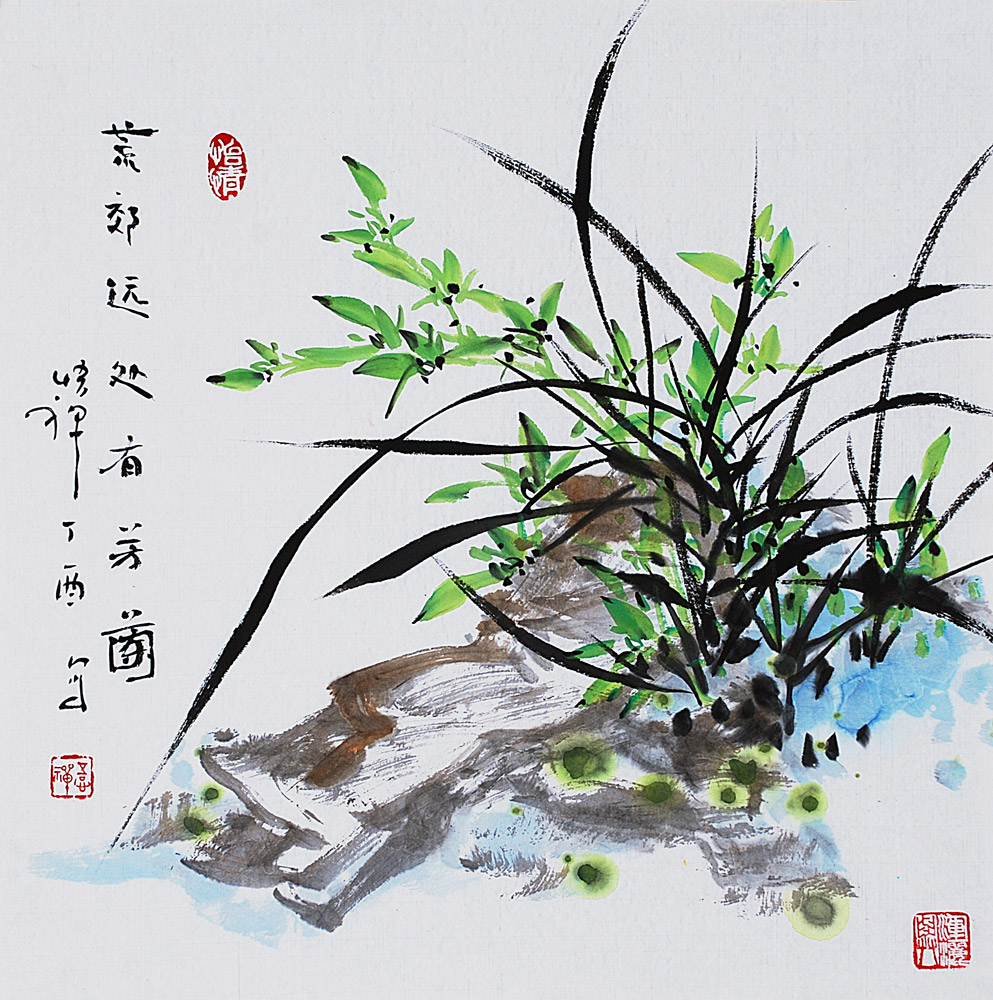
风吹芳兰折，日没鸟雀喧。